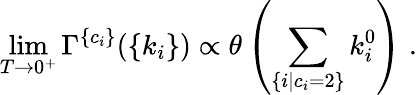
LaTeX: \operatorname*{lim}_{T\to 0^{+}}\Gamma^{\{ c_{i}\} }(\{ k_{i}\} )\propto\theta\left(\sum_{\{ i|c_{i}=2\} }k_{i}^{0}\right)\; .